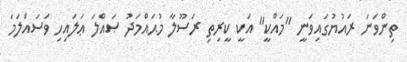
ތިންވަނަ ރައުޔުގައިވަނީ "މައްކީ" އަކީ ކީރިތި ރަސޫލާ މުޙައްމަދު ޞައްލަ ޢަލައިހި ވަސައްލަމަ